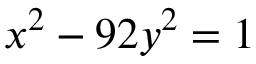
\ x ^ { 2 } - 9 2 y ^ { 2 } = 1